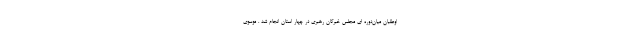
اوطلبان میان‌دوره ای مجلس خبرگان رهبری در چهار استان انجام شد . موسوی